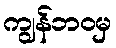
ကျွန်ဘဝမှ